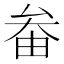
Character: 𡘞